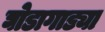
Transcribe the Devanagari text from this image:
घोडागाड्या